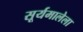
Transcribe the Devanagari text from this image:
सूर्यमालेला